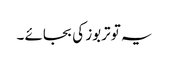
یہ تو تربوز کی بجائے ۔